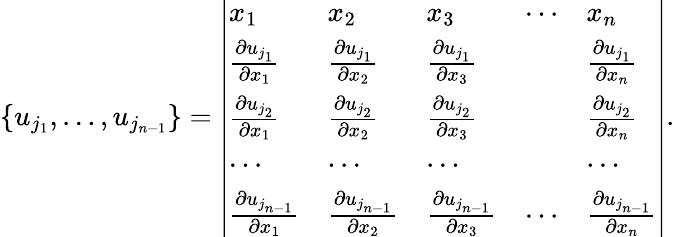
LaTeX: \begin{array}{r}{\{ u_{j_{1}},\dotsc,u_{j_{n-1}}\} =\left|\begin{array}{lllll}{x_{1}}&{x_{2}}&{x_{3}}&{\cdots}&{x_{n}}\\ {\frac{\partial u_{j_{1}}}{\partial x_{1}}}&{\frac{\partial u_{j_{1}}}{\partial x_{2}}}&{\frac{\partial u_{j_{1}}}{\partial x_{3}}}&&{\frac{\partial u_{j_{1}}}{\partial x_{n}}}\\ {\frac{\partial u_{j_{2}}}{\partial x_{1}}}&{\frac{\partial u_{j_{2}}}{\partial x_{2}}}&{\frac{\partial u_{j_{2}}}{\partial x_{3}}}&&{\frac{\partial u_{j_{2}}}{\partial x_{n}}}\\ {\cdots}&{\cdots}&{\cdots}&&{\cdots}\\ {\frac{\partial u_{j_{n-1}}}{\partial x_{1}}}&{\frac{\partial u_{j_{n-1}}}{\partial x_{2}}}&{\frac{\partial u_{j_{n-1}}}{\partial x_{3}}}&{\cdots}&{\frac{\partial u_{j_{n-1}}}{\partial x_{n}}}\end{array}\right|.}\end{array}